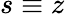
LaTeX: s\equiv z